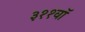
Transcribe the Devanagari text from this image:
३११वॉ